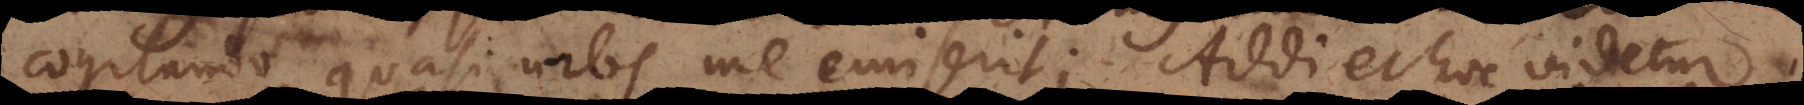
cogitando quasi urbs me emiserit. Addi et hoc videtur